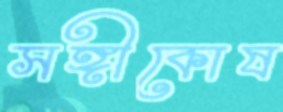
সঙ্গীকোষ